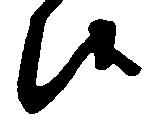
候